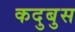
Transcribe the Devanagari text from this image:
कदुबुस